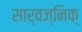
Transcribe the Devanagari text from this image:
सार्वज्निक्